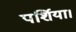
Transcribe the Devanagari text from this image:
पर्शिया।